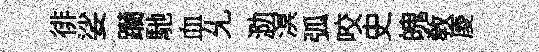
徘娑躪馳血𠃔泐溟弧咬史魄教庱